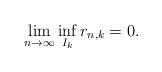
LaTeX: \begin{align*} \lim_{n \to \infty} \inf_{I_{k}} r_{n, k} = 0.\end{align*}